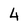
Character: 4